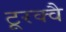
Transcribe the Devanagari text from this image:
टूरक्वै